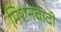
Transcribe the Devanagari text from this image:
मिशनवादी